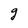
Character: g